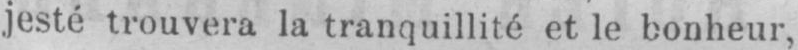
jesté trouvera la tranquillité et le bonheur,